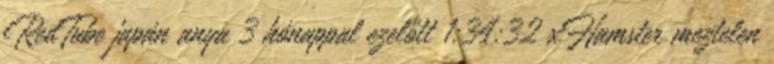
RedTube japán anya 3 hónappal ezelőtt 1:34:32 xHamster meztelen